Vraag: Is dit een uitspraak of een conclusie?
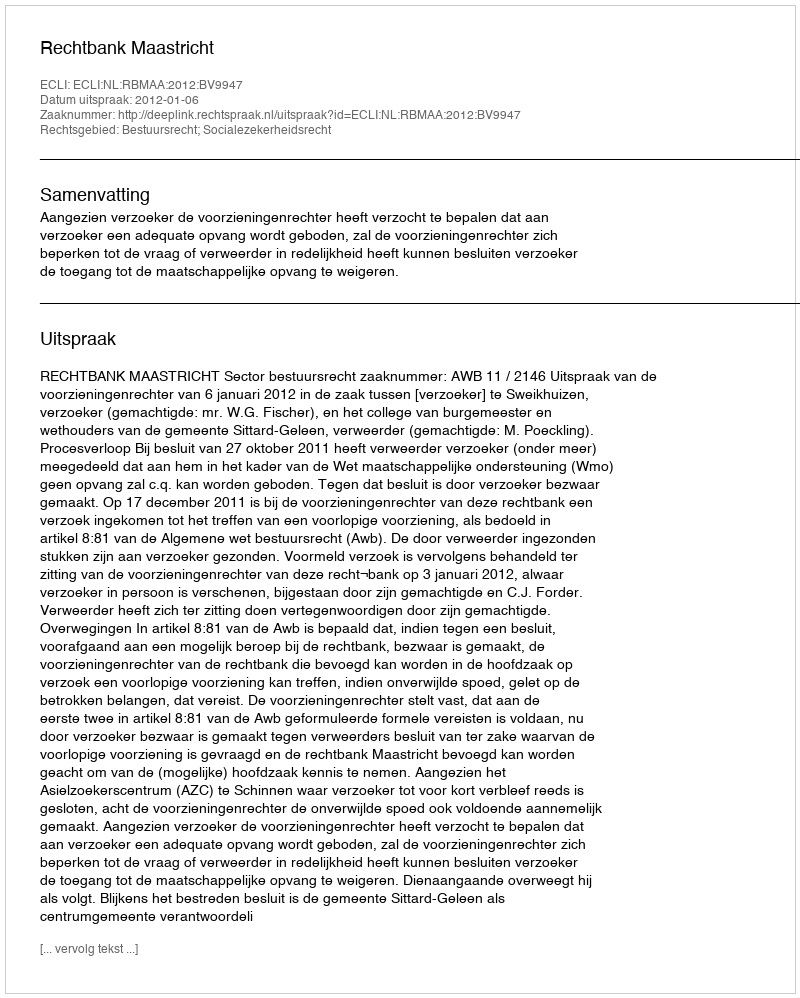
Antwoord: Uitspraak